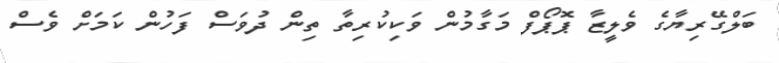
ބަލްގޭރިޔާގެ ވެލީޒާ ޕޮޕޯފް މަގާމުން ވަކިކުރިތާ ތިން ދުވަސް ފަހުން ކަމަށް ވެސް